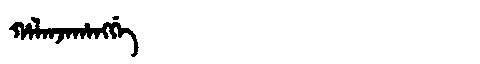
Manchu: ᡥᠠᠯᠠᠨᠵᠠᡥᠠᠩᡤᡝ
Romanization: HALANJAHANGGE